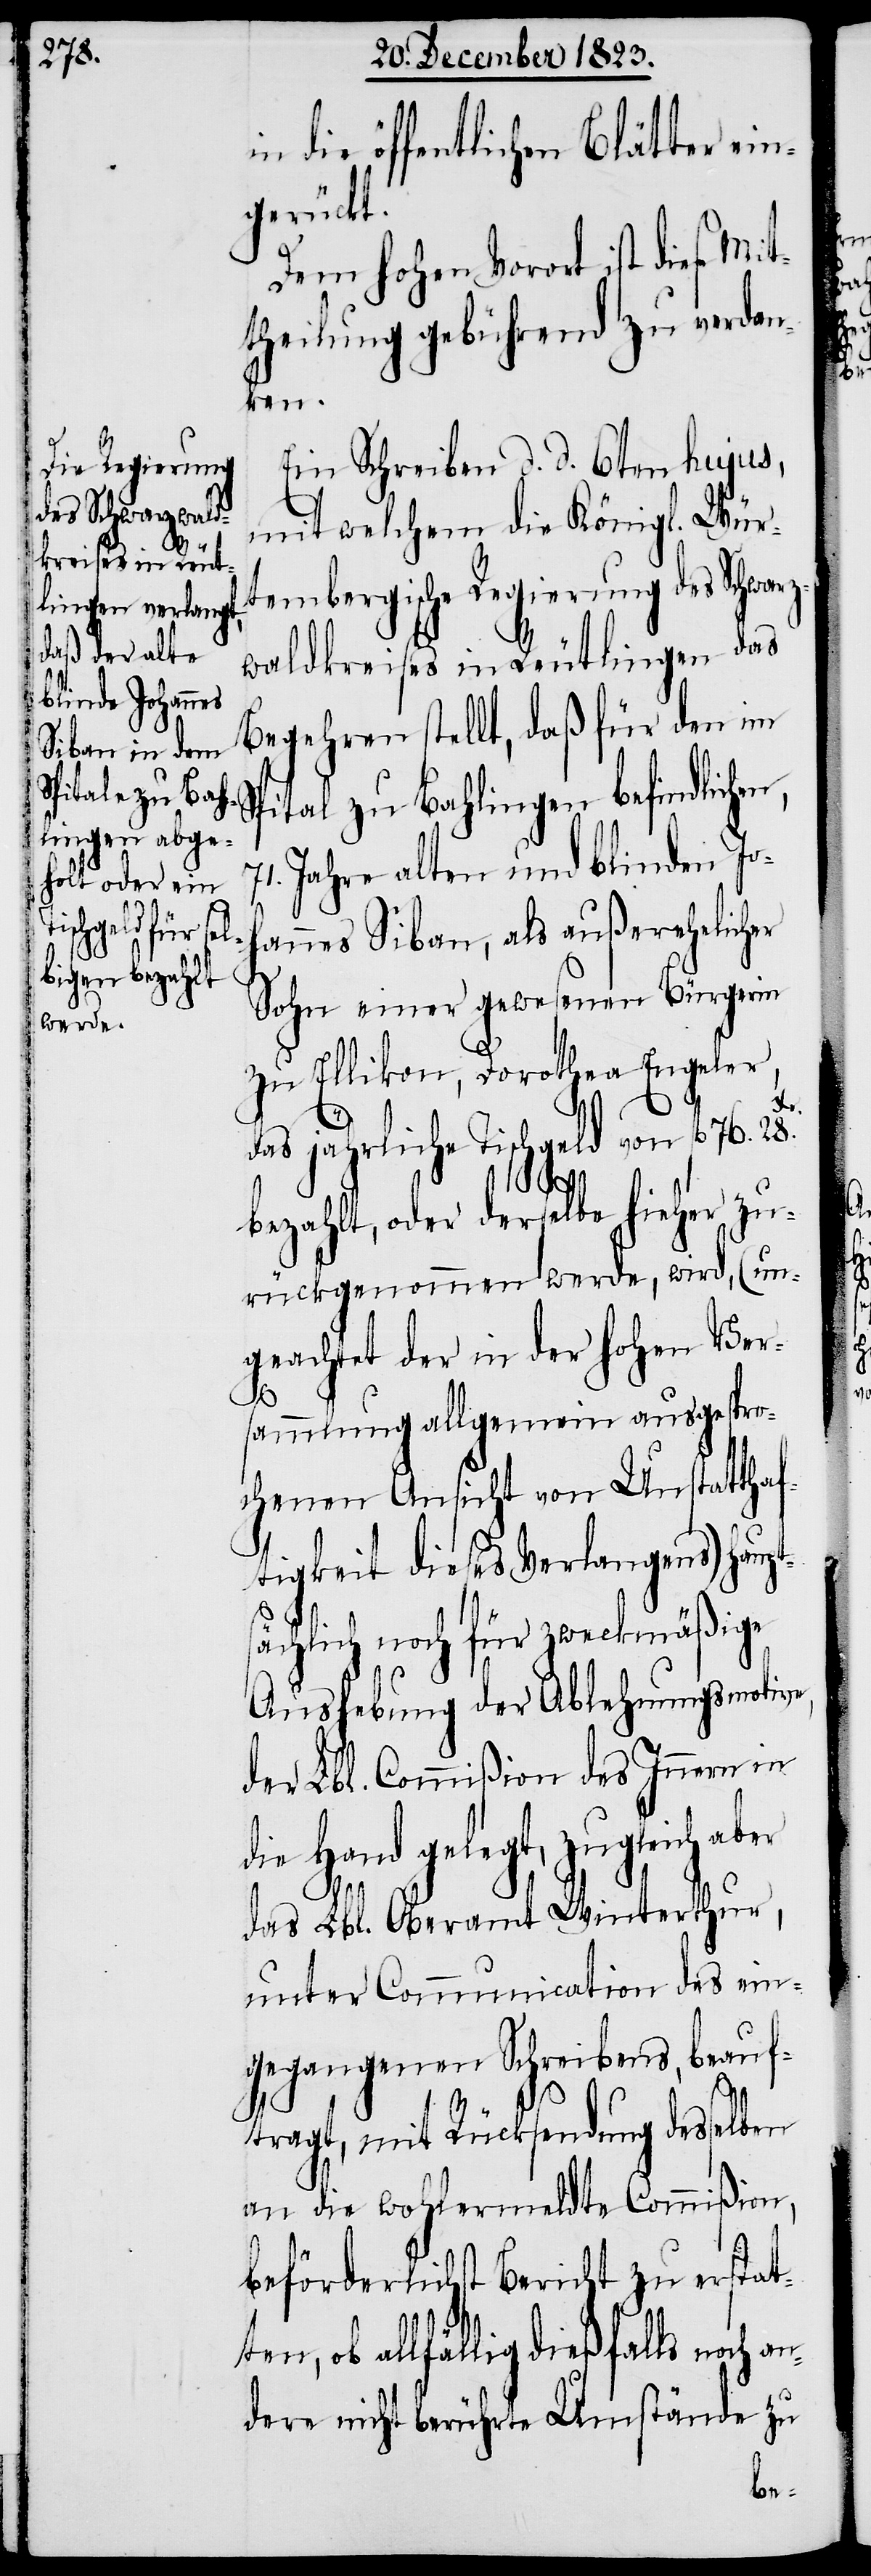
an¬

in die öffentlichen Blätter ein¬
gerückt.
Dem hohen Vorort ist diese Mi¬
theilung gebührend zu verdan¬
ten,
Ein Schreiben d. d. 6ten hujus,
mit welchem die Königl. Wür¬
tembergische Regierung des Schwarz¬
waldkreises in Reutlingen das
Begehren stellt, daß für den im
pital zu Bahlingen befindlichen,
Jahre alten und blinden Joh¬
annes Siban, als außerehelicher
Sohn einer gewesenen Bürgerin
zu Ellikon, Dorothea Engeler,
das jährliche Tischgeld von fl 76. 28.
bezahlt, oder derselbe hieher zu¬
rückgenommen werde, wird, (un¬
geachtet der in der hohen Ver¬
sammlung allgemein ausgespro¬
chenen Ansicht von Unstatthaf¬
tigkeit dieses Verlangens) haupt¬
ächlich noch für zweckmäßige
Aushebung der Ablehnungsmotive,
der Lbl. Commißion des Innern in
die Hand gelegt, zugleich
das Lbl. Oberamt Winterthur,
unter Communication des ein¬
gegangenen Schreibens, beauf¬
tragt, mit Rücksendung desselben
an die wohlermeldte Commißion,
s¬
beförderlichst Bericht zu erstat¬
ob allfällig dießfalls noch
dere nicht berührte Umstände zu